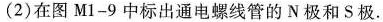
(2)在图M1-9中标出通电螺线管的N极和S极。